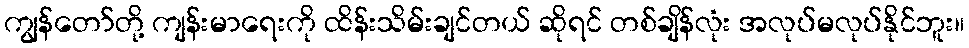
ကျွန်တော်တို့ ကျန်းမာရေးကို ထိန်းသိမ်းချင်တယ် ဆိုရင် တစ်ချိန်လုံး အလုပ်မလုပ်နိုင်ဘူး။